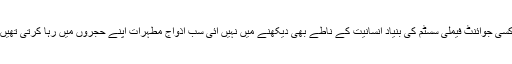
کسی جوائنٹ فیملی سسٹم کی بنیاد انسانیت کے ناطے بھی دیکھنے میں نہیں آئی سب اذواج مطہرات اپنے حجروں میں رہا کرتی تھیں۔